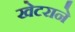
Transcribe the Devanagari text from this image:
खेटराने